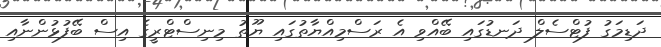
ދަޑިމަގު ފުޓްސެލް ދަނޑުގައި ބޭއްވި އެ ރަސްމިއްޔާތުގައި ޔޫތު މިނިސްޓްރީގެ އިސް ބޭފުޅުންނާއި